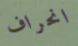
انحراف